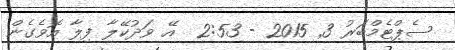
ސެޕްޓެމްބަރު 3